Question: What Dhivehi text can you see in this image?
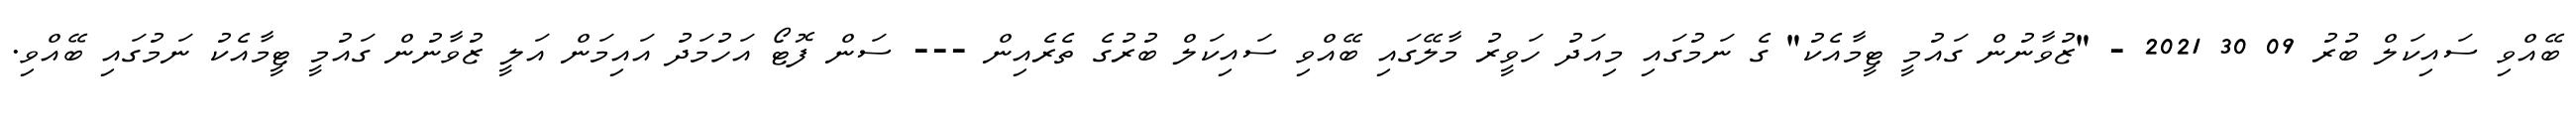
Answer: ބޭއްވި ސައިކަލް ބުރު 09 30 2021 - "ޒުވާނުން ގައުމީ ޓީމާއެކު" ގެ ނަމުގައި މިއަދު ހަވީރު މާލޭގައި ބޭއްވި ސައިކަލް ބުރުގެ ތެރެއިން --- ސަން ފޮޓޯ އަހުމަދު އައިމަން އަލީ ޒުވާނުން ގައުމީ ޓީމާއެކު ނަމުގައި ބޭއްވި.